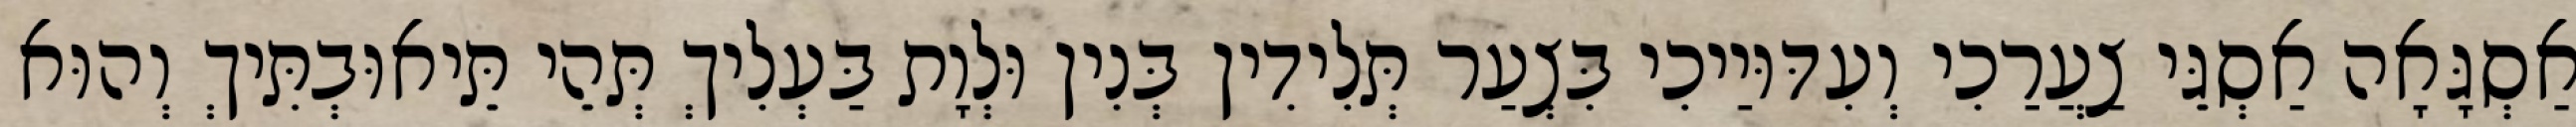
אַסְגָּאָה אַסְגֵּי צַעֲרַכִי וְעִדּוּיַיכִי בִּצְעַר תְּלִידִין בְּנִין וּלְוָת בַּעְלִיךְ תְּהֵי תֵּיאוּבְתִּיךְ וְהוּא